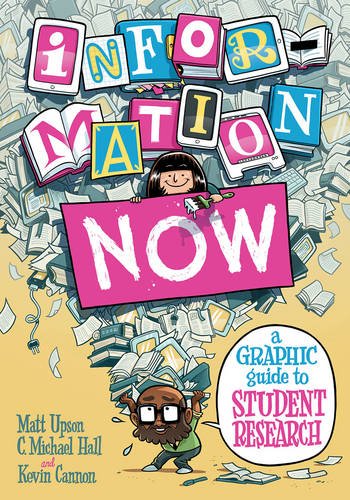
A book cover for Information Now: A Graphic Guide to Student Research; Matt Upson; Politics & Social Sciences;